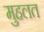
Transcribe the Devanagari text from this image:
मुहलत